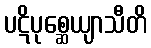
ပဋိပုစ္ဆေယျာသီတိ